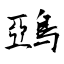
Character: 鵶